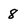
Character: 8